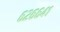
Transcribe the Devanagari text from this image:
६२६६४१